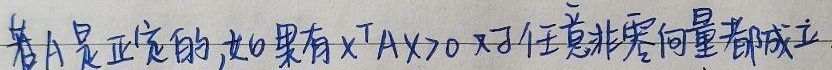
若 $A$ 是正定的，那么有 $\mathbf{x}^T A\mathbf{x}>0$ 对于任意非零向量都成立。